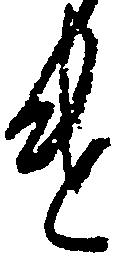
け